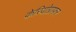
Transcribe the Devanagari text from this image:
केरियोग्राफर